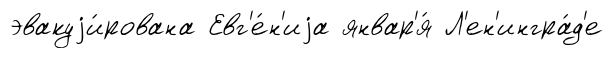
эвакуjи́рована Евг'е́н'иjа январ'я́ Л'ен'ингра́д'е